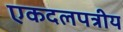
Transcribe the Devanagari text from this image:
एकदलपत्रीय